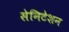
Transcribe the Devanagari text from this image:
सेनिटेशन